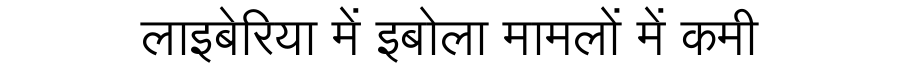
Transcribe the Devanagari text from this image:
लाइबेरिया में इबोला मामलों में कमी